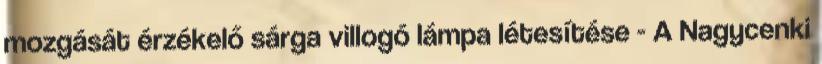
mozgását érzékelő sárga villogó lámpa létesítése - A Nagycenki